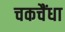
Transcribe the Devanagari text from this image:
चकचैंधा